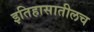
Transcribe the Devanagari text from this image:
इतिहासातीलच